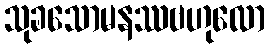
သုခသောမနဿဗဟုလော